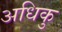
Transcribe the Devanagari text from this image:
अधिकु